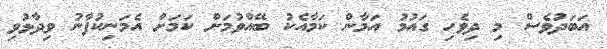
އަބަދުވެސް މި ދިވެހި ގައުމު އަމާން ކަމާއެކު ބޭއްވުމަށް ކަމަށް އެމަނިކުފާނު ވިދާޅުވި